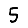
Digit: 5